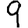
Digit: 9